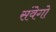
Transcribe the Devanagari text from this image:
संवेगो